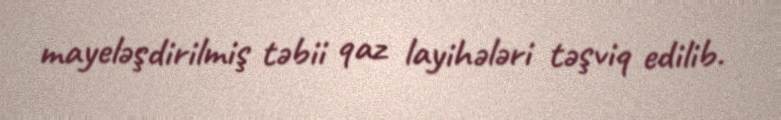
mayeləşdirilmiş təbii qaz layihələri təşviq edilib.